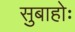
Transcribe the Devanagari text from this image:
सुबाहोः